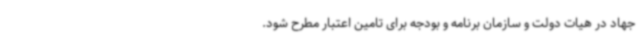
جهاد در هیات دولت و سازمان برنامه و بودجه برای تامین اعتبار مطرح شود.